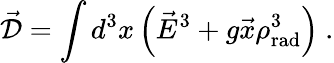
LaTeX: \vec{\cal D}=\int d^{3}x\left(\vec{E}^{3}+g\vec{x}\rho_{\mathrm{rad}}^{3}\right)\ .